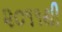
૨૦૧૧થી